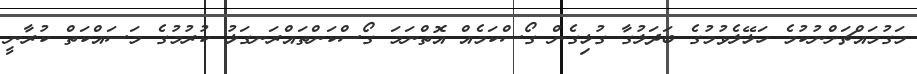
މަގުމައްޗަށްނުކުމެ ހަޅޭލެވުމުގެ ބަދަލުގާ ގުޅިގެން ގޯސްކަމެއް އޮތްނަމަ ގޯސްކަންތައްރަނގަޅު ކުރުމުގެ މަސައްކަތް ކުރާނީ